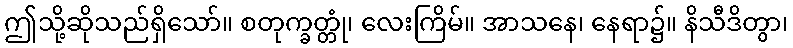
ဤသို့ဆိုသည်ရှိသော်။ စတုက္ခတ္တုံ၊ လေးကြိမ်။ အာသနေ၊ နေရာ၌။ နိသီဒိတွာ၊